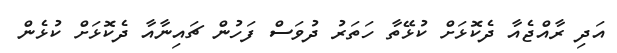
އަދި ރާއްޖެއާ ދެކޮޅަށް ކުޅޭތާ ހަތަރު ދުވަސް ފަހުން ޗައިނާއާ ދެކޮޅަށް ކުޅެން